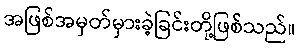
အဖြစ်အမှတ်မှားခဲ့ခြင်းတို့ဖြစ်သည်။